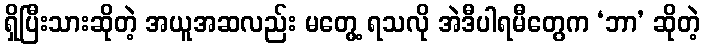
ရှိပြီးသားဆိုတဲ့ အယူအဆလည်း မတွေ့ ရသလို အဲဒီပါရမီတွေက ‘ဘာ’ ဆိုတဲ့